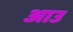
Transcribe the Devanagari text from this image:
आउ